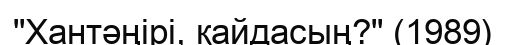
"Хантәңірі, қайдасың?" (1989)